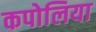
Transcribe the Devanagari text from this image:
कपोलिया